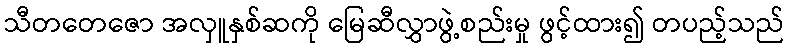
သီတတေဇော အလှူနှစ်ဆကို မြေဆီလွှာဖွဲ့စည်းမှု ဖွင့်ထား၍ တပည့်သည်